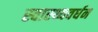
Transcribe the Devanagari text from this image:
स्वास्थ्यवर्धन